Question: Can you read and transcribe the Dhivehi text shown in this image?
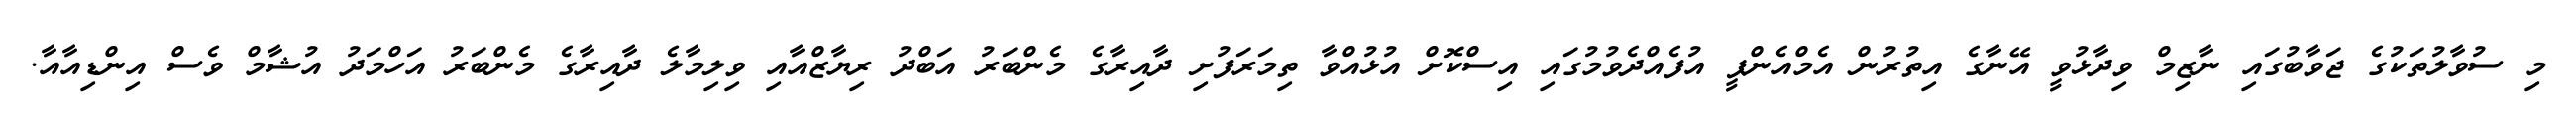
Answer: މި ސުވާލުތަކުގެ ޖަވާބުގައި ނާޒިމް ވިދާޅުވީ އޭނާގެ އިތުރުން އެމްއެންޕީ އުފެއްދެވުމުގައި އިސްކޮށް އުޅުއްވާ ތިމަރަފުށި ދާއިރާގެ މެންބަރު އަބްދު ރިޔާޒްއާއި ވިލިމާލެ ދާއިރާގެ މެންބަރު އަހްމަދު އުޝާމް ވެސް އިންޑިއާއާ.